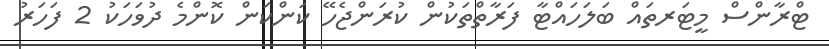
ޓްރާންސް މީޓަރތައް ބަލަހައްޓާ ފަރާތްތަކުން ކުރަންޖެހޭ ކަންކަން ކޮންމެ ދުވަހަކު 2 ފަހަރު